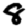
Digit: 8